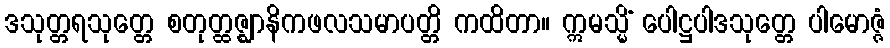
ဒသုတ္တရသုတ္တေ စတုတ္ထဇ္ဈာနိကဖလသမာပတ္တိ ကထိတာ။ ဣမသ္မိံ ပေါဋ္ဌပါဒသုတ္တေ ပါမောဇ္ဇံ